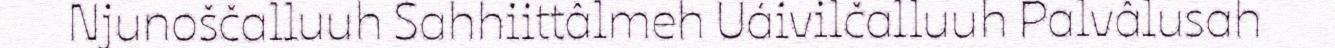
Njunoščalluuh Sahhiittâlmeh Uáivilčalluuh Palvâlusah